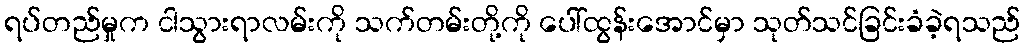
ရပ်တည်မှုက ငါသွားရာလမ်းကို သက်တမ်းတို့ကို ပေါ်ထွန်းအောင်မှာ သုတ်သင်ခြင်းခံခဲ့ရသည်